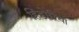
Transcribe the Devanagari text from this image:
हिंडोरिया